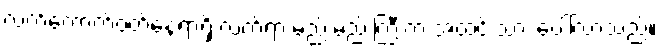
လက်ကောက်ဝတ်နေရာရှိ လက်ရာ မည်းမည်းကြီးက အထင်းသား ပေါ်လာသည်။